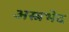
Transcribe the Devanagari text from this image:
अस्त्रभेद